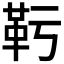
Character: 𩉞